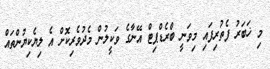
މި ޚަބަރު ފެތުރިފައި މިވަނީ ބްރެޑްޕިޓް އޭނާގެ ވަކީލުން މެދުވެރިކޮށް އެ ލިޔެކިޔުންތައް